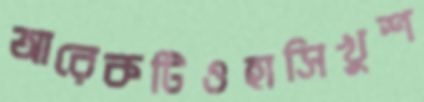
আরেকটিওহাসিখুশ